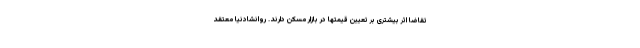
تقاضا اثر بیشتری بر تعیین قیمتها در بازار مسکن دارند. روانشادنیا معتقد